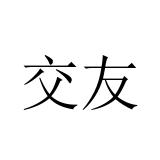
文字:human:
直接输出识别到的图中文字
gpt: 交友